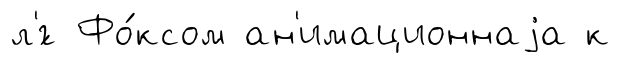
л'́г Фо́ксом ан'имационнаjа к